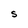
Character: S